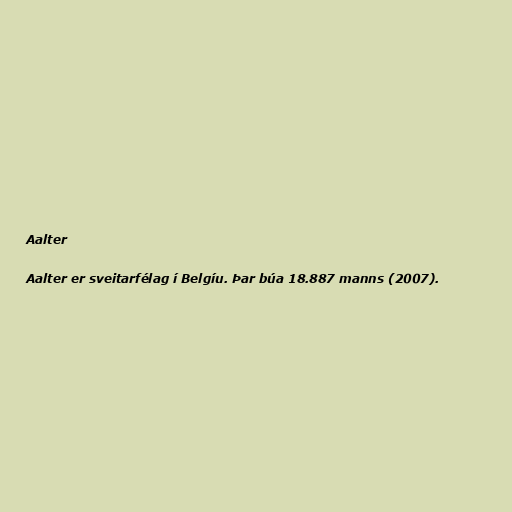
Aalter

Aalter er sveitarfélag í Belgíu. Þar búa 18.887 manns (2007).